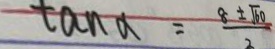
\tan \alpha = \frac { 8 \pm \sqrt { 6 0 } } { 2 }